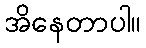
အိနေတာပါ။